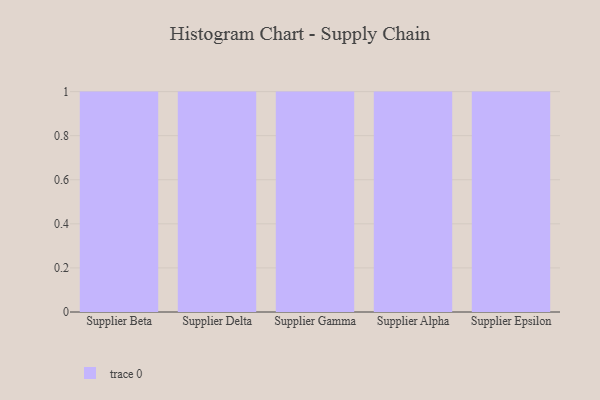
{"axis": {"x": "Supplier", "y": "Humidity (%)"}, "legend": [""], "data": [{"x": "Supplier Beta", "y": 35, "type": ""}, {"x": "Supplier Delta", "y": 61, "type": ""}, {"x": "Supplier Gamma", "y": 90, "type": ""}, {"x": "Supplier Alpha", "y": 8, "type": ""}, {"x": "Supplier Epsilon", "y": 80, "type": ""}]}